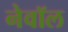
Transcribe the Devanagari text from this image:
नेवॉल